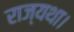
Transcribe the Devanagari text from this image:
राज्यथा।